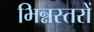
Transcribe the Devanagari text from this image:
भिन्नस्तरों